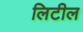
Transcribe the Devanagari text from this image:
लिटील